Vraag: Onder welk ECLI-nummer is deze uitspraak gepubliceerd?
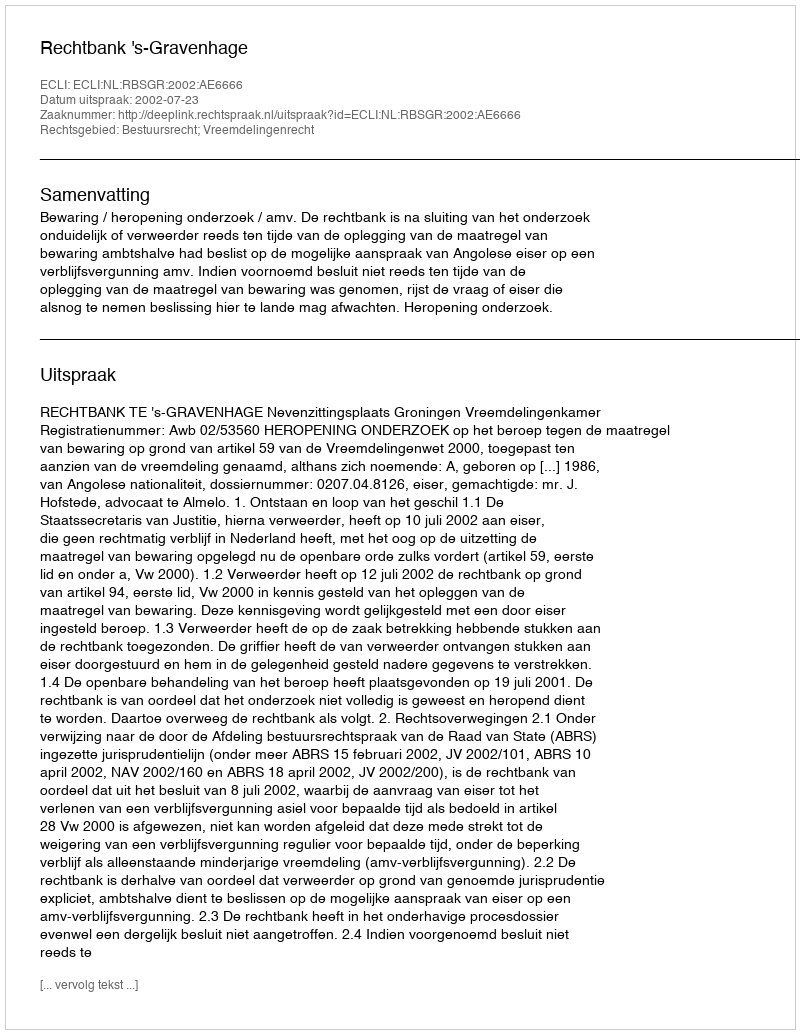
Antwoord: ECLI:NL:RBSGR:2002:AE6666